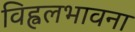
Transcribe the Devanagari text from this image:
विह्वलभावना